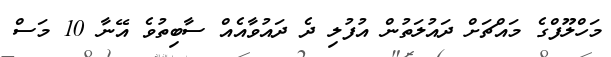
މަހްލޫފްގެ މައްޗަށް ދައުލަތުން އުފުލި ދެ ދައުވާއެއް ސާބިތުވެ އޭނާ 10 މަސް